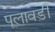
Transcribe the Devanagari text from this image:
पूलावड़ी